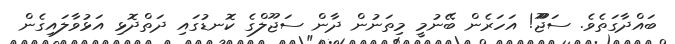
ބައްދާގަތެވެ. ސަޖޫޫ! އަހަރެން ބޭނުމީ މިތަނުން ދާން ސަޖޫލްގެ ކޮނޑުގައި ދަތްދޮޅި އަޅުވާލައިގެން